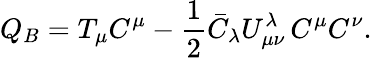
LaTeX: Q_{B}=T_{\mu}C^{\mu}-\frac{1}{2}\bar{C}_{\lambda}U_{\mu\nu}^{\lambda}\, C^{\mu}C^{\nu}.